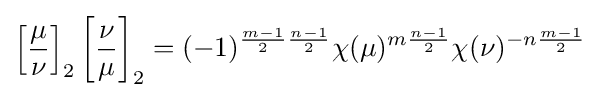
\left[{\frac {\mu }{\nu }}\right]_{2}\left[{\frac {\nu }{\mu }}\right]_{2}=(-1)^{{\frac {m-1}{2}}{\frac {n-1}{2}}}\chi (\mu )^{m{\frac {n-1}{2}}}\chi (\nu )^{-n{\frac {m-1}{2}}}